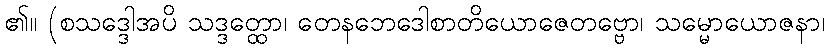
၏။ (စသဒ္ဒေါအပိ သဒ္ဒတ္ထော၊ တေနဘေဒေါစာတိယောဇေတဗ္ဗော၊ သမ္မောယောဇနာ၊